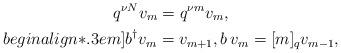
LaTeX: \begin{gather*}q^{\nu N} v_m = q^{\nu m} v_m, \\begin{align*}.3em]b^\dagger v_m = v_{m + 1}, b \, v_m = [m]_q v_{m - 1},\end{gather*}